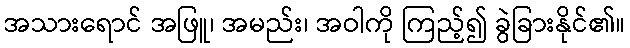
အသားရောင် အဖြူ၊ အမည်း၊ အဝါကို ကြည့်၍ ခွဲခြားနိုင်၏။